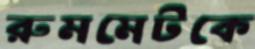
রুমমেটকে